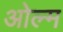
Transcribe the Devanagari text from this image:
ओल्म